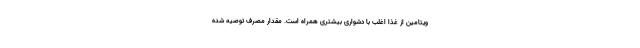
ویتامین از غذا اغلب با دشواری بیشتری همراه است. مقدار مصرف توصیه شده